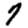
Digit: 7